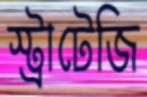
স্ট্রাটেজি